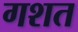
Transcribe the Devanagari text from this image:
गशत